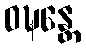
ဝဍ္ဎန္တေ